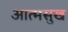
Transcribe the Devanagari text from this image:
आत्मसुख